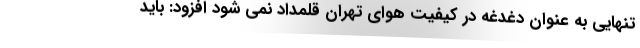
تنهایی به عنوان دغدغه در کیفیت هوای تهران قلمداد نمی شود افزود: باید